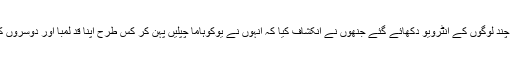
اس کے بعد چند لوگوں کے انٹرویو دکھائے گئے جنھوں نے انکشاف کیا کہ انہوں نے یوکوہاما چپلیں پہن کر کس طرح اپنا قد لمبا اور دوسروں کا چھوٹا کیا۔